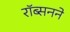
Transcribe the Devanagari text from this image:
रॉब्सनने